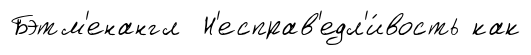
Бэтм'енангл Н'есправ'едл'и́вость как